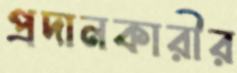
প্রদানকারীর